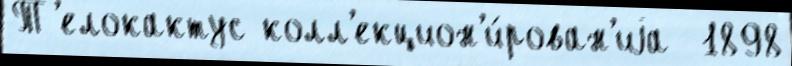
Т'елокактус колл'екцион'и́рован'иjа  1898